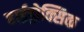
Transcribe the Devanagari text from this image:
हाईड्रोक्सिक